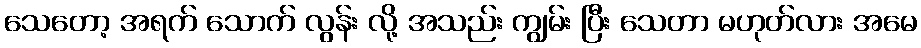
သေတော့ အရက် သောက် လွန်း လို့ အသည်း ကျွမ်း ပြီး သေတာ မဟုတ်လား အမေ